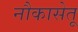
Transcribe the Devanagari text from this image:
नौकासेतू